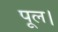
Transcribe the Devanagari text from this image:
पूल।